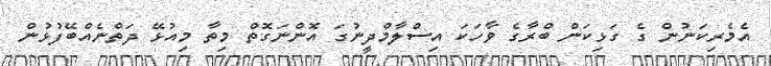
އެމެރިކަަނުން ގެ ގަޅިކަން ބްރާގެ ވާހަކަ އިސްލާމްދީނުގަ އޮންނަގޮތް މިތާ މިއުޅޭ ދަތްނެއްބޭފުޅުން